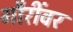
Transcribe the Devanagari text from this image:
गौरींवर